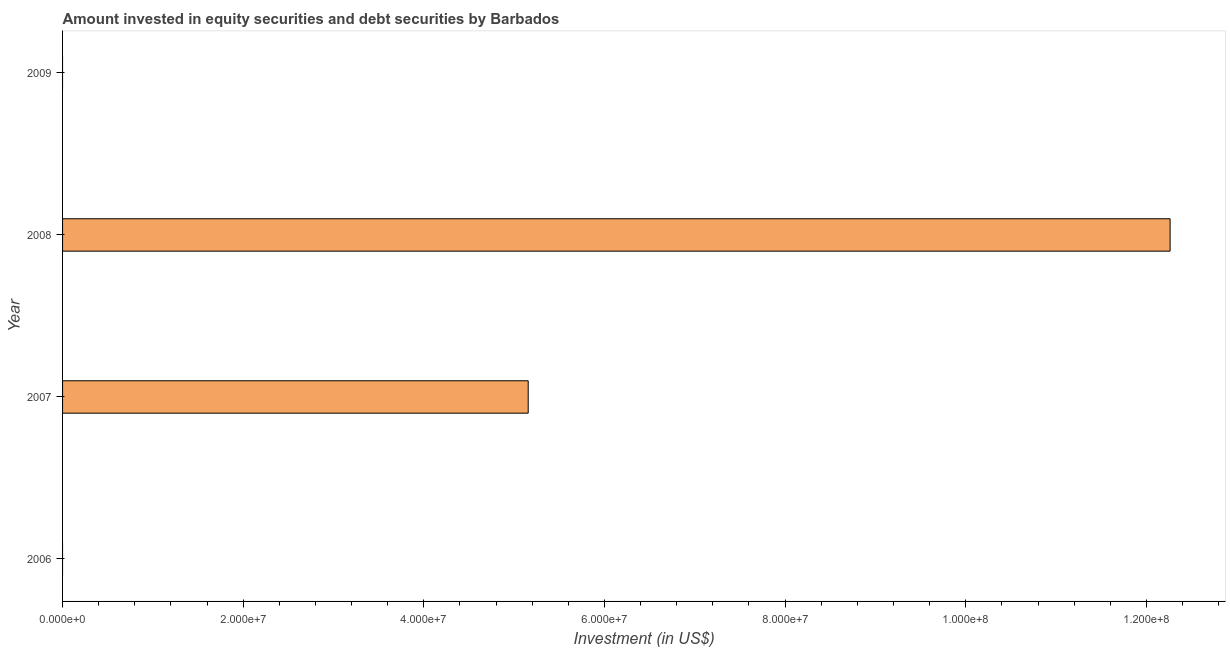
| Year | Portfolio Investment |
 | --- | --- |
 | 2006 | -5.54e+07 |
 | 2007 | 5.16e+07 |
 | 2008 | 1.23e+08 |
 | 2009 | -1.27e+08 |